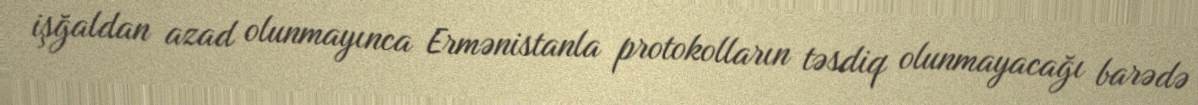
işğaldan azad olunmayınca Ermənistanla protokolların təsdiq olunmayacağı barədə